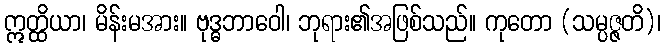
ဣတ္ထိယာ၊ မိန်းမအား။ ဗုဒ္ဓဘာဝေါ၊ ဘုရား၏အဖြစ်သည်။ ကုတော (သမ္ပဇ္ဇတိ)၊